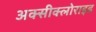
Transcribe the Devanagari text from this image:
अक्‍सीक्‍लोराइड